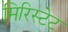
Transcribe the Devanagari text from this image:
मिरिस्टेट